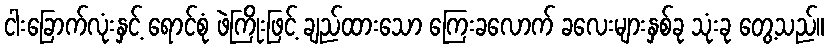
ငါးခြောက်လုံးနှင့် ရောင်စုံ ဖဲကြိုးဖြင့် ချည်ထားသော ကြေးခလောက် ခလေးများနှစ်ခု သုံးခု တွေ့သည်။